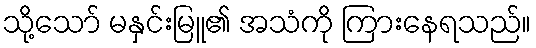
သို့သော် မနှင်းမြူ၏ အသံကို ကြားနေရသည်။